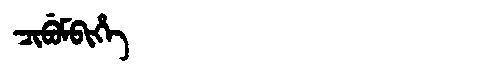
Manchu: ᠴᡳᠪᡠᠮᠪᡳᡥᡝ
Romanization: CIBUMBIHE